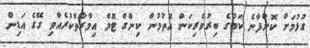
ގުޅުމަށް ކޮށްފާނެ ކަމުގެ ބިރުވެރިކަން އޮތުމުން ކިންގް ޓޮމް އިމާރާތްކުރެއްވި ގޭގެ އަޑިން